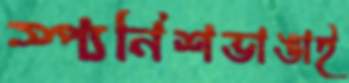
স্প্যনিশভাঙাই